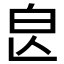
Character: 𣌣